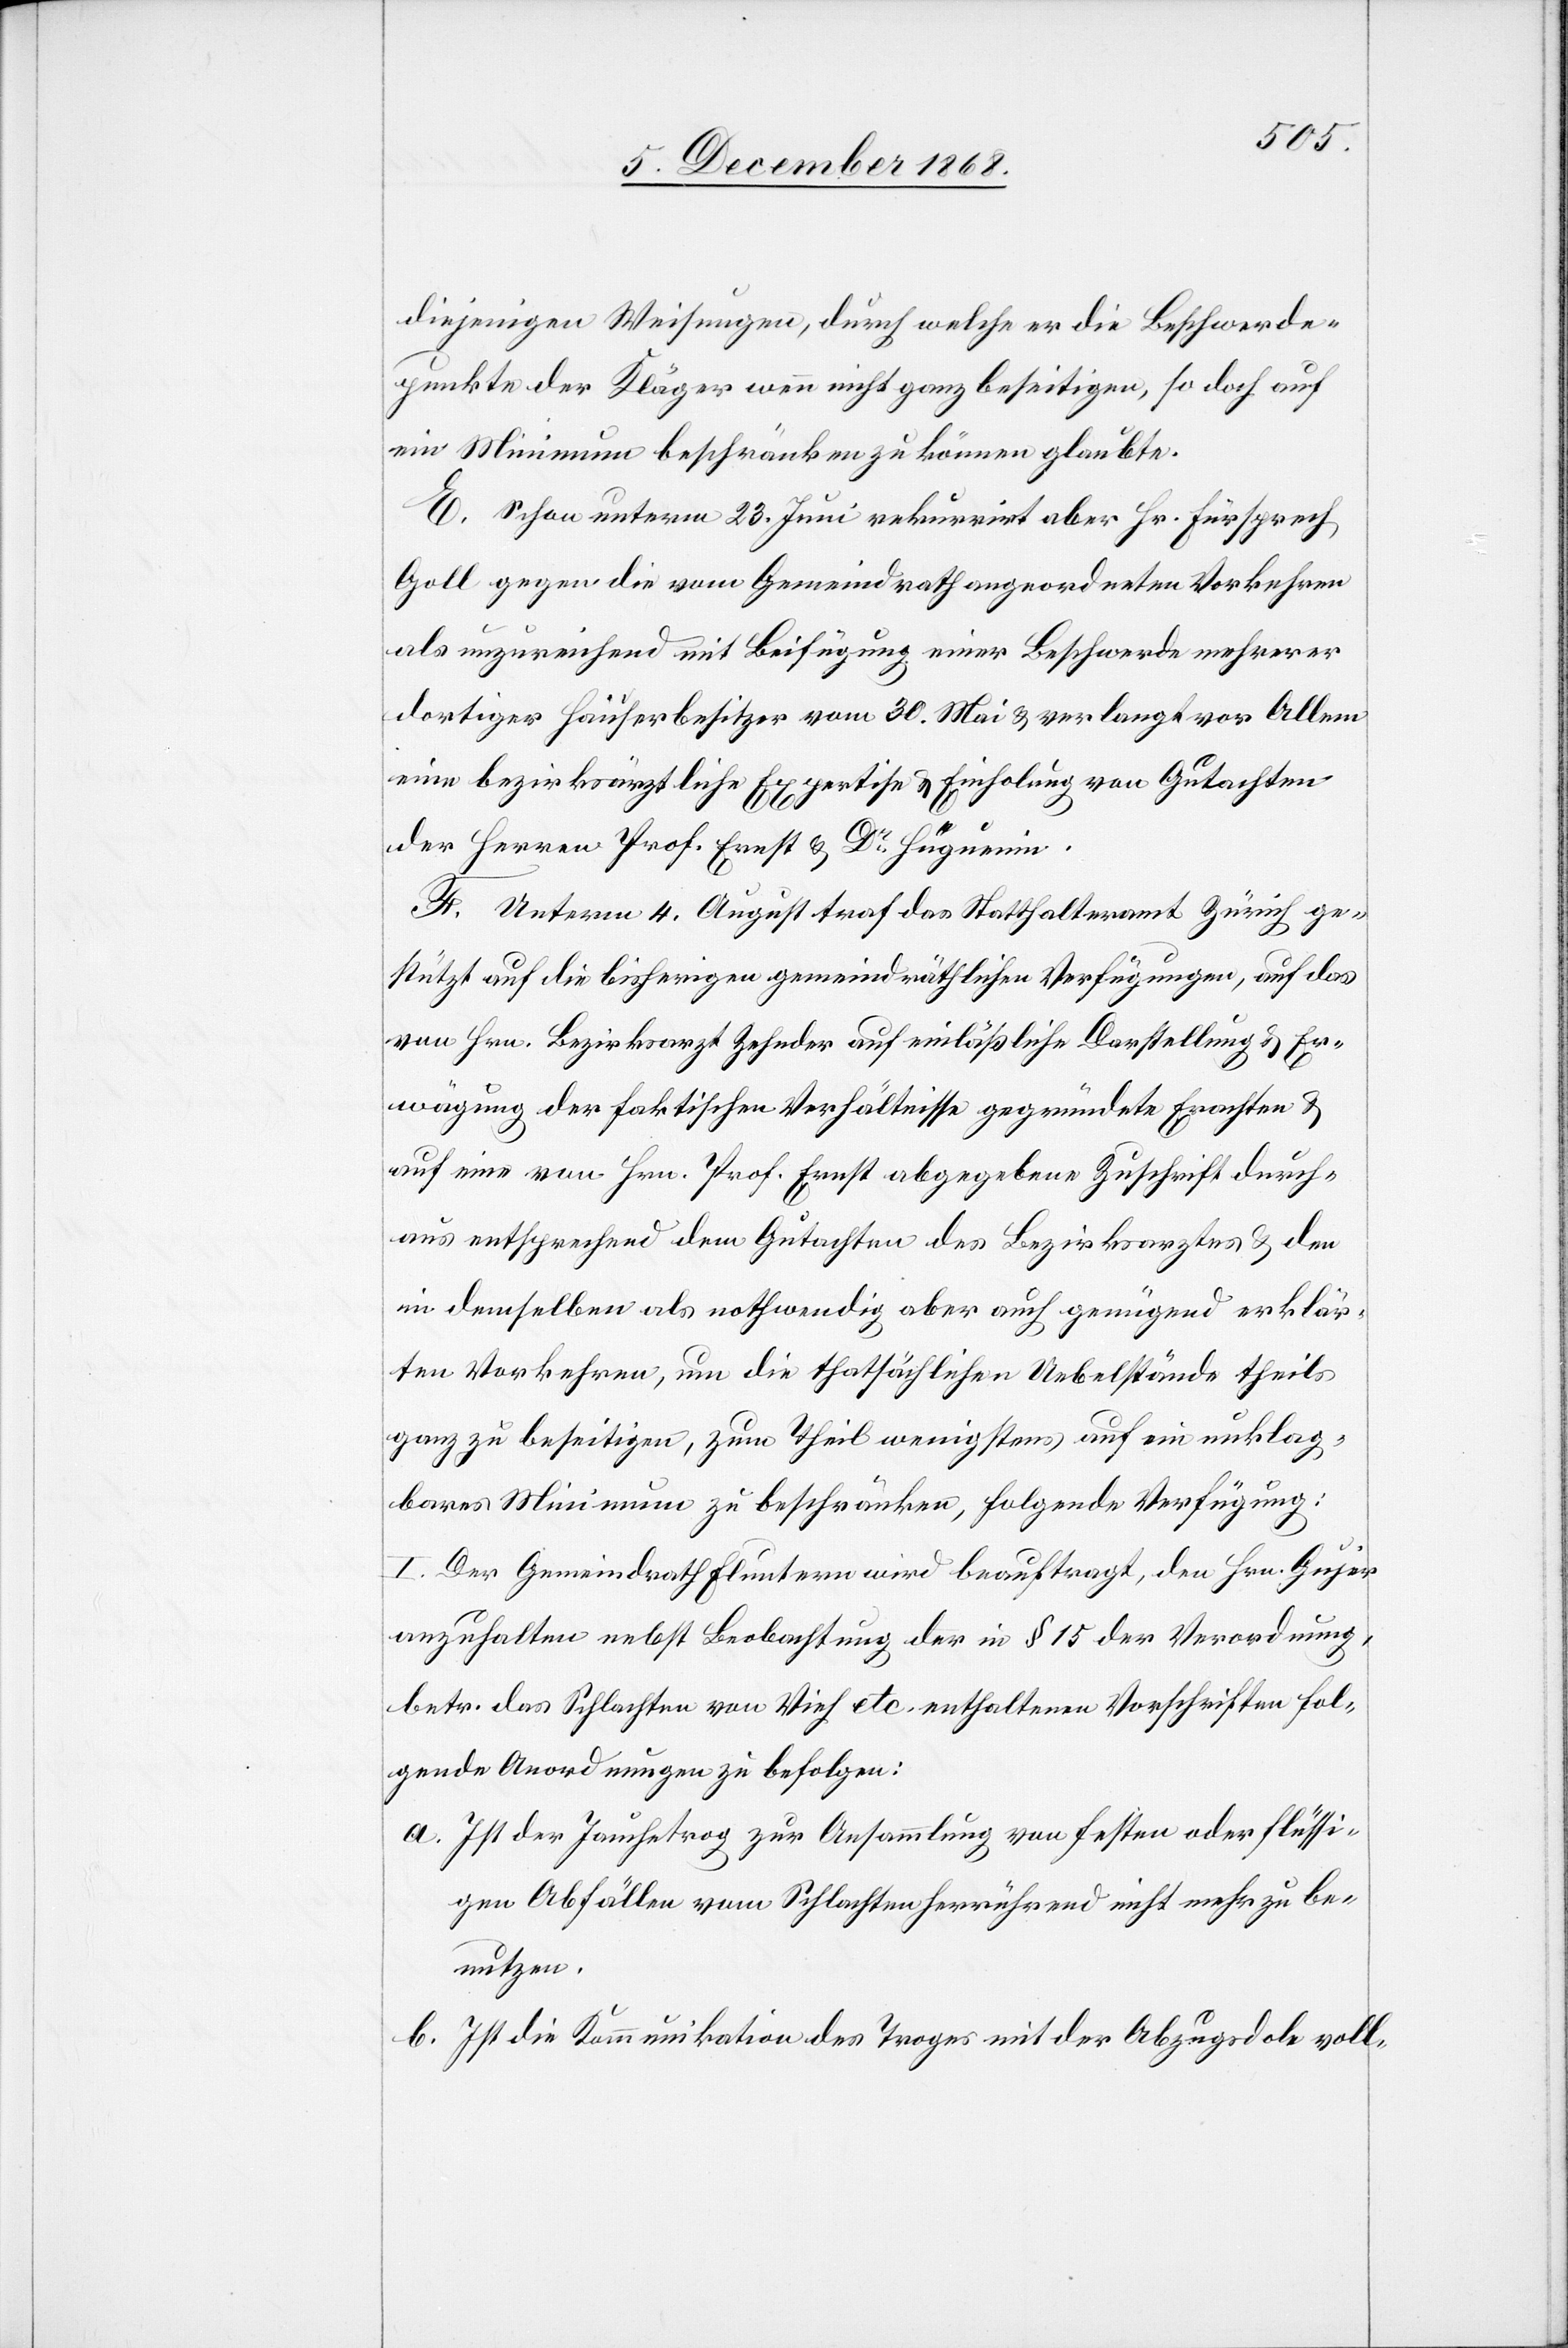
diejenigen Weisungen, durch welche er die Beschwerde¬
punkte der Kläger wenn nicht ganz beseitigen, so doch auf
ein Minimum beschränken zu können glaubte.
E. Schon unterm 23. Juni rekurrirt aber Hr. Fürsprech
Goll gegen die vom Gemeindrath angeordneten Vorkehren
als unzureichend mit Beifügung einer Beschwerde mehrerer
dortiger Häuserbesitzer vom 30. Mai & verlangt vor Allem
eine bezirksärztliche Expertise & Einholung von Gutachten
der Herren Prof. Ernst & Dr Hüguenin.
F. Unterm 4. August traf das Statthalteramt Zürich ge¬
stützt auf die bisherigen gemeindräthlichen Verfügungen, auf das
von Hrn. Bezirksarzt Zehnder auf einläßliche Darstellung & Er¬
wägung der faktischen Verhältnisse gegründete Erachten &
auf eine von Hrn. Prof. Ernst abgegebene Zuschrift durch¬
aus entsprechend dem Gutachten des Bezirksarztes & den
in demselben als nothwendig aber auch genügend erklär¬
ten Vorkehren, um die thatsächlichen Uebelstände theils
ganz zu beseitigen, zum Theil wenigstens auf ein unklag¬
bares Minimum zu beschränken, folgende Verfügung:
I. Der Gemeindrath Fluntern wird beauftragt, den Hrn. Gujer
anzuhalten nebst Beobachtung der in § 15 der Verordnung,
betr. das Schlachten von Vieh etc. enthaltenen Vorschriften fol¬
gende Anordnungen zu befolgen:
Ist der Jauchetrog zur Ansammlung von festen oder flüssi¬
gen Abfällen vom Schlachten herrührend nicht mehr zu be¬
nutzen.
Ist die Kommunikation des Troges mit der Abzugsdole voll-